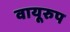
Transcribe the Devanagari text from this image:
वायूरुप